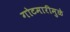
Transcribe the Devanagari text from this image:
गोटमारीमुळे